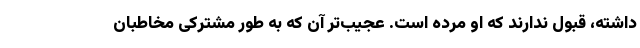
داشته، قبول ندارند که او مرده است. عجیب‌تر آن که به طور مشترکی مخاطبان